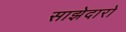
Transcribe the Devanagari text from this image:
साझेदारो